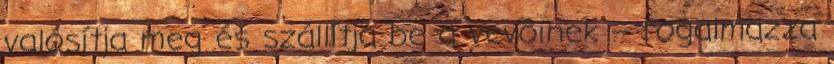
valósítja meg és szállítja be a vevôinek – fogalmazza